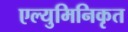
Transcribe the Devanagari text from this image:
एल्युमिनिकृत